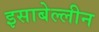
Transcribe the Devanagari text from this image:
इसाबेल्लीन